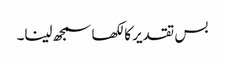
بس تقدیر کا لکھا سمجھ لینا۔